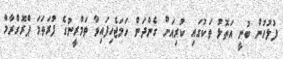
ފުލުހުން ބުނީ އަތޮޅު ތަކުގައި ކުރިއަށް ގެންދަން ހަމަޖެހިފައިވާ ތަމްރީނުގެ ފުރަތަމަ ޕްރޮގްރާމް